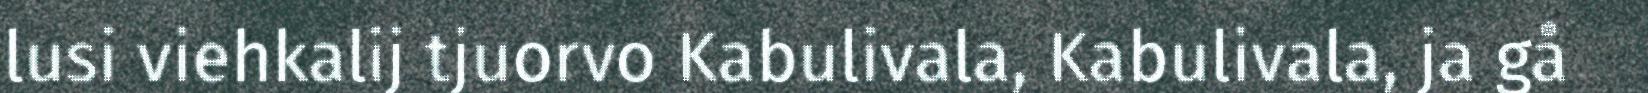
lusi viehkalij tjuorvo Kabulivala, Kabulivala, ja gå